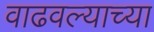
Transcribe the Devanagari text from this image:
वाढवल्याच्या